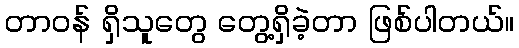
တာဝန် ရှိသူတွေ တွေ့ရှိခဲ့တာ ဖြစ်ပါတယ်။